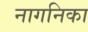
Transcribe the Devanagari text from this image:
नागनिका